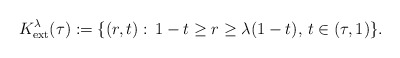
\begin{align*}K^{\lambda}_{{\rm ext}}(\tau):=\{(r,t):\,1-t\ge r\ge \lambda (1-t),\,t\in (\tau,1)\}.\end{align*}